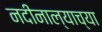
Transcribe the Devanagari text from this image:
नदीनाल्याच्या